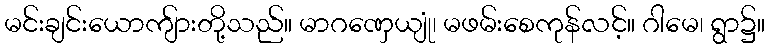
မင်းချင်းယောကျ်ားတို့သည်။ မာဂဏှေယျုံ၊ မဖမ်းစေကုန်လင့်။ ဂါမေ၊ ရွာ၌။